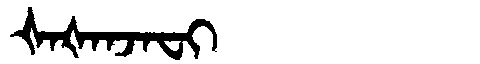
Manchu: ᡧᠠᡧᠠᠨᠵᠠᠸᡳ
Romanization: ŠAŠANJAFI